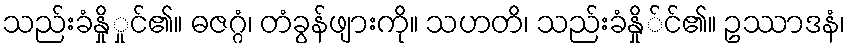
သည်းခံနှိုှုင်၏။ ဓဇဂ္ဂံ၊ တံခွန်ဖျားကို။ သဟတိ၊ သည်းခံနှို်င်၏။ ဥဿာဒနံ၊